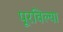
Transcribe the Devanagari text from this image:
पूरविल्या